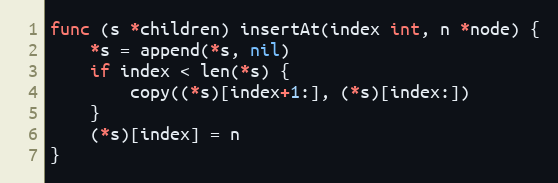
Language: Go
func (s *children) insertAt(index int, n *node) {
	*s = append(*s, nil)
	if index < len(*s) {
		copy((*s)[index+1:], (*s)[index:])
	}
	(*s)[index] = n
}